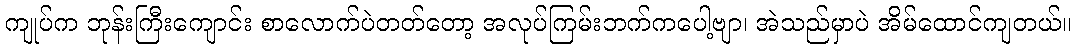
ကျုပ်က ဘုန်းကြီးကျောင်း စာလောက်ပဲတတ်တော့ အလုပ်ကြမ်းဘက်ကပေါ့ဗျာ၊ အဲသည်မှာပဲ အိမ်ထောင်ကျတယ်။